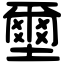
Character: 壐